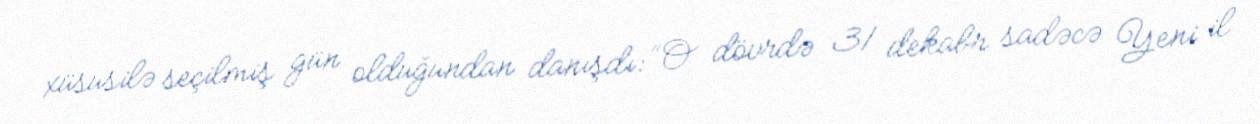
xüsusilə seçilmiş gün olduğundan danışdı: “O dövrdə 31 dekabr sadəcə Yeni il